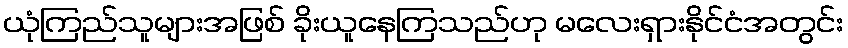
ယုံကြည်သူများအဖြစ် ခိုးယူနေကြသည်ဟု မလေးရှားနိုင်ငံအတွင်း